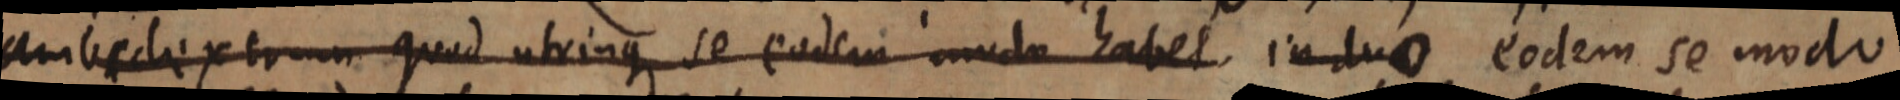
amibecleperrum quod ulvinque se eodera mudo habet induo eodem se modo